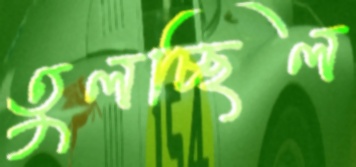
তুলচ্ছিল